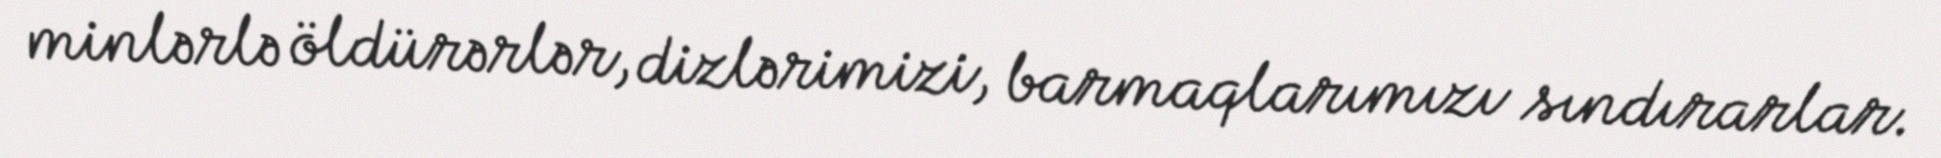
minlərlə öldürərlər, dizlərimizi, barmaqlarımızı sındırarlar.